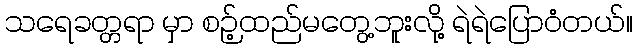
သရေခတ္တရာ မှာ စဉ့်ထည်မတွေ့ဘူးလို့ ရဲရဲပြောဝံတယ်။